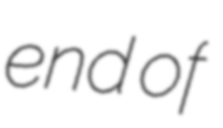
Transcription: end of